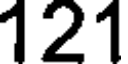
121